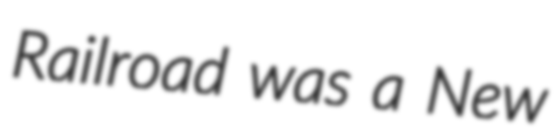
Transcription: Railroad was a New